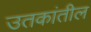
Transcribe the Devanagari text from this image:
उतकांतील